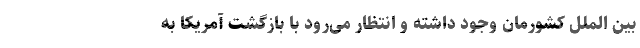
بین الملل کشورمان وجود داشته و انتظار می‌رود با بازگشت آمریکا به